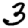
Digit: 3